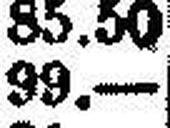
99.—